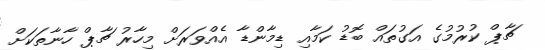
ޗާޕް ކުރުމުގެ އަގުތައް ބޮޑު ކަމާއި ޑިމާންޑާ އެއްވަރަށް މިހާރު ޗާޕް ހާނާތަކަށް